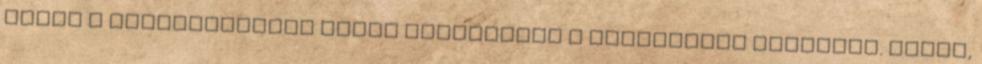
Talán a mezőgazdasági tápok használata a legolcsóbb megoldás. Olcsó,